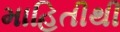
માહિતીથી